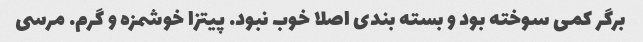
برگر کمی سوخته بود و بسته بندی اصلا خوب نبود. پیتزا خوشمزه و گرم. مرسی